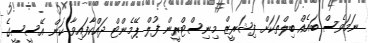
ނަމަވެސް ބައެއް ބިލްތަކަށް ފިޝަރީޒް މިނިސްޓްރީން ފުލް ޕޭމެންޓް ދައްކާފައިވާ ކަން އޭސީސީގެ